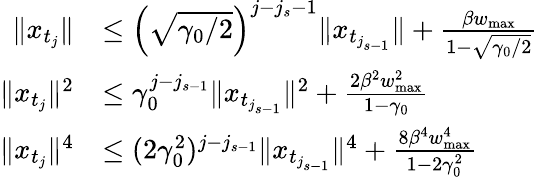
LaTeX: \begin{array}{rl}{\| x_{t_{j}}\| }&{\leq\left(\sqrt{\gamma_{0}/2}\right)^{j-j_{s}-1}\| x_{t_{j_{s-1}}}\| +\frac{\beta w_{\operatorname*{max}}}{1-\sqrt{\gamma_{0}/2}}}\\ {\| x_{t_{j}}\| ^{2}}&{\leq\gamma_{0}^{j-j_{s-1}}\| x_{t_{j_{s-1}}}\| ^{2}+\frac{2\beta^{2}w_{\operatorname*{max}}^{2}}{1-\gamma_{0}}}\\ {\| x_{t_{j}}\| ^{4}}&{\leq(2\gamma_{0}^{2})^{j-j_{s-1}}\| x_{t_{j_{s-1}}}\| ^{4}+\frac{8\beta^{4}w_{\operatorname*{max}}^{4}}{1-2\gamma_{0}^{2}}}\end{array}